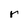
Character: r